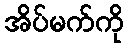
အိပ်မက်ကို